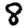
Digit: 8